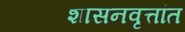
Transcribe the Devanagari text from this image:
शासनवृत्तांत